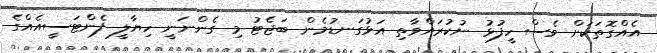
އެއްގޮތަކަށް ވެސް ހީފުޅު ނުކުރައްވާތި އަޅުގަނޑުމެން ބަޖެޓު މި ގެންނަނީ ހިޔާލީ ފެންޓަސީއެއްގެ